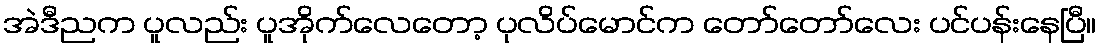
အဲဒီညက ပူလည်း ပူအိုက်လေတော့ ပုလိပ်မောင်က တော်တော်လေး ပင်ပန်းနေပြီ။